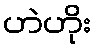
ဟဲဟိုး